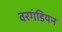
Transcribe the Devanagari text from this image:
वरगंडियन